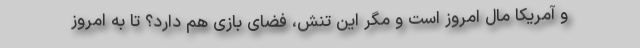
و آمریکا مال امروز است و مگر این تنش، فضای بازی هم دارد؟ تا به امروز